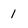
Character: 1